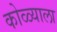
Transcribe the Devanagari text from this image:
कोळ्याला